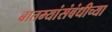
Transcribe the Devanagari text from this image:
बातम्यांसंबंधीच्या